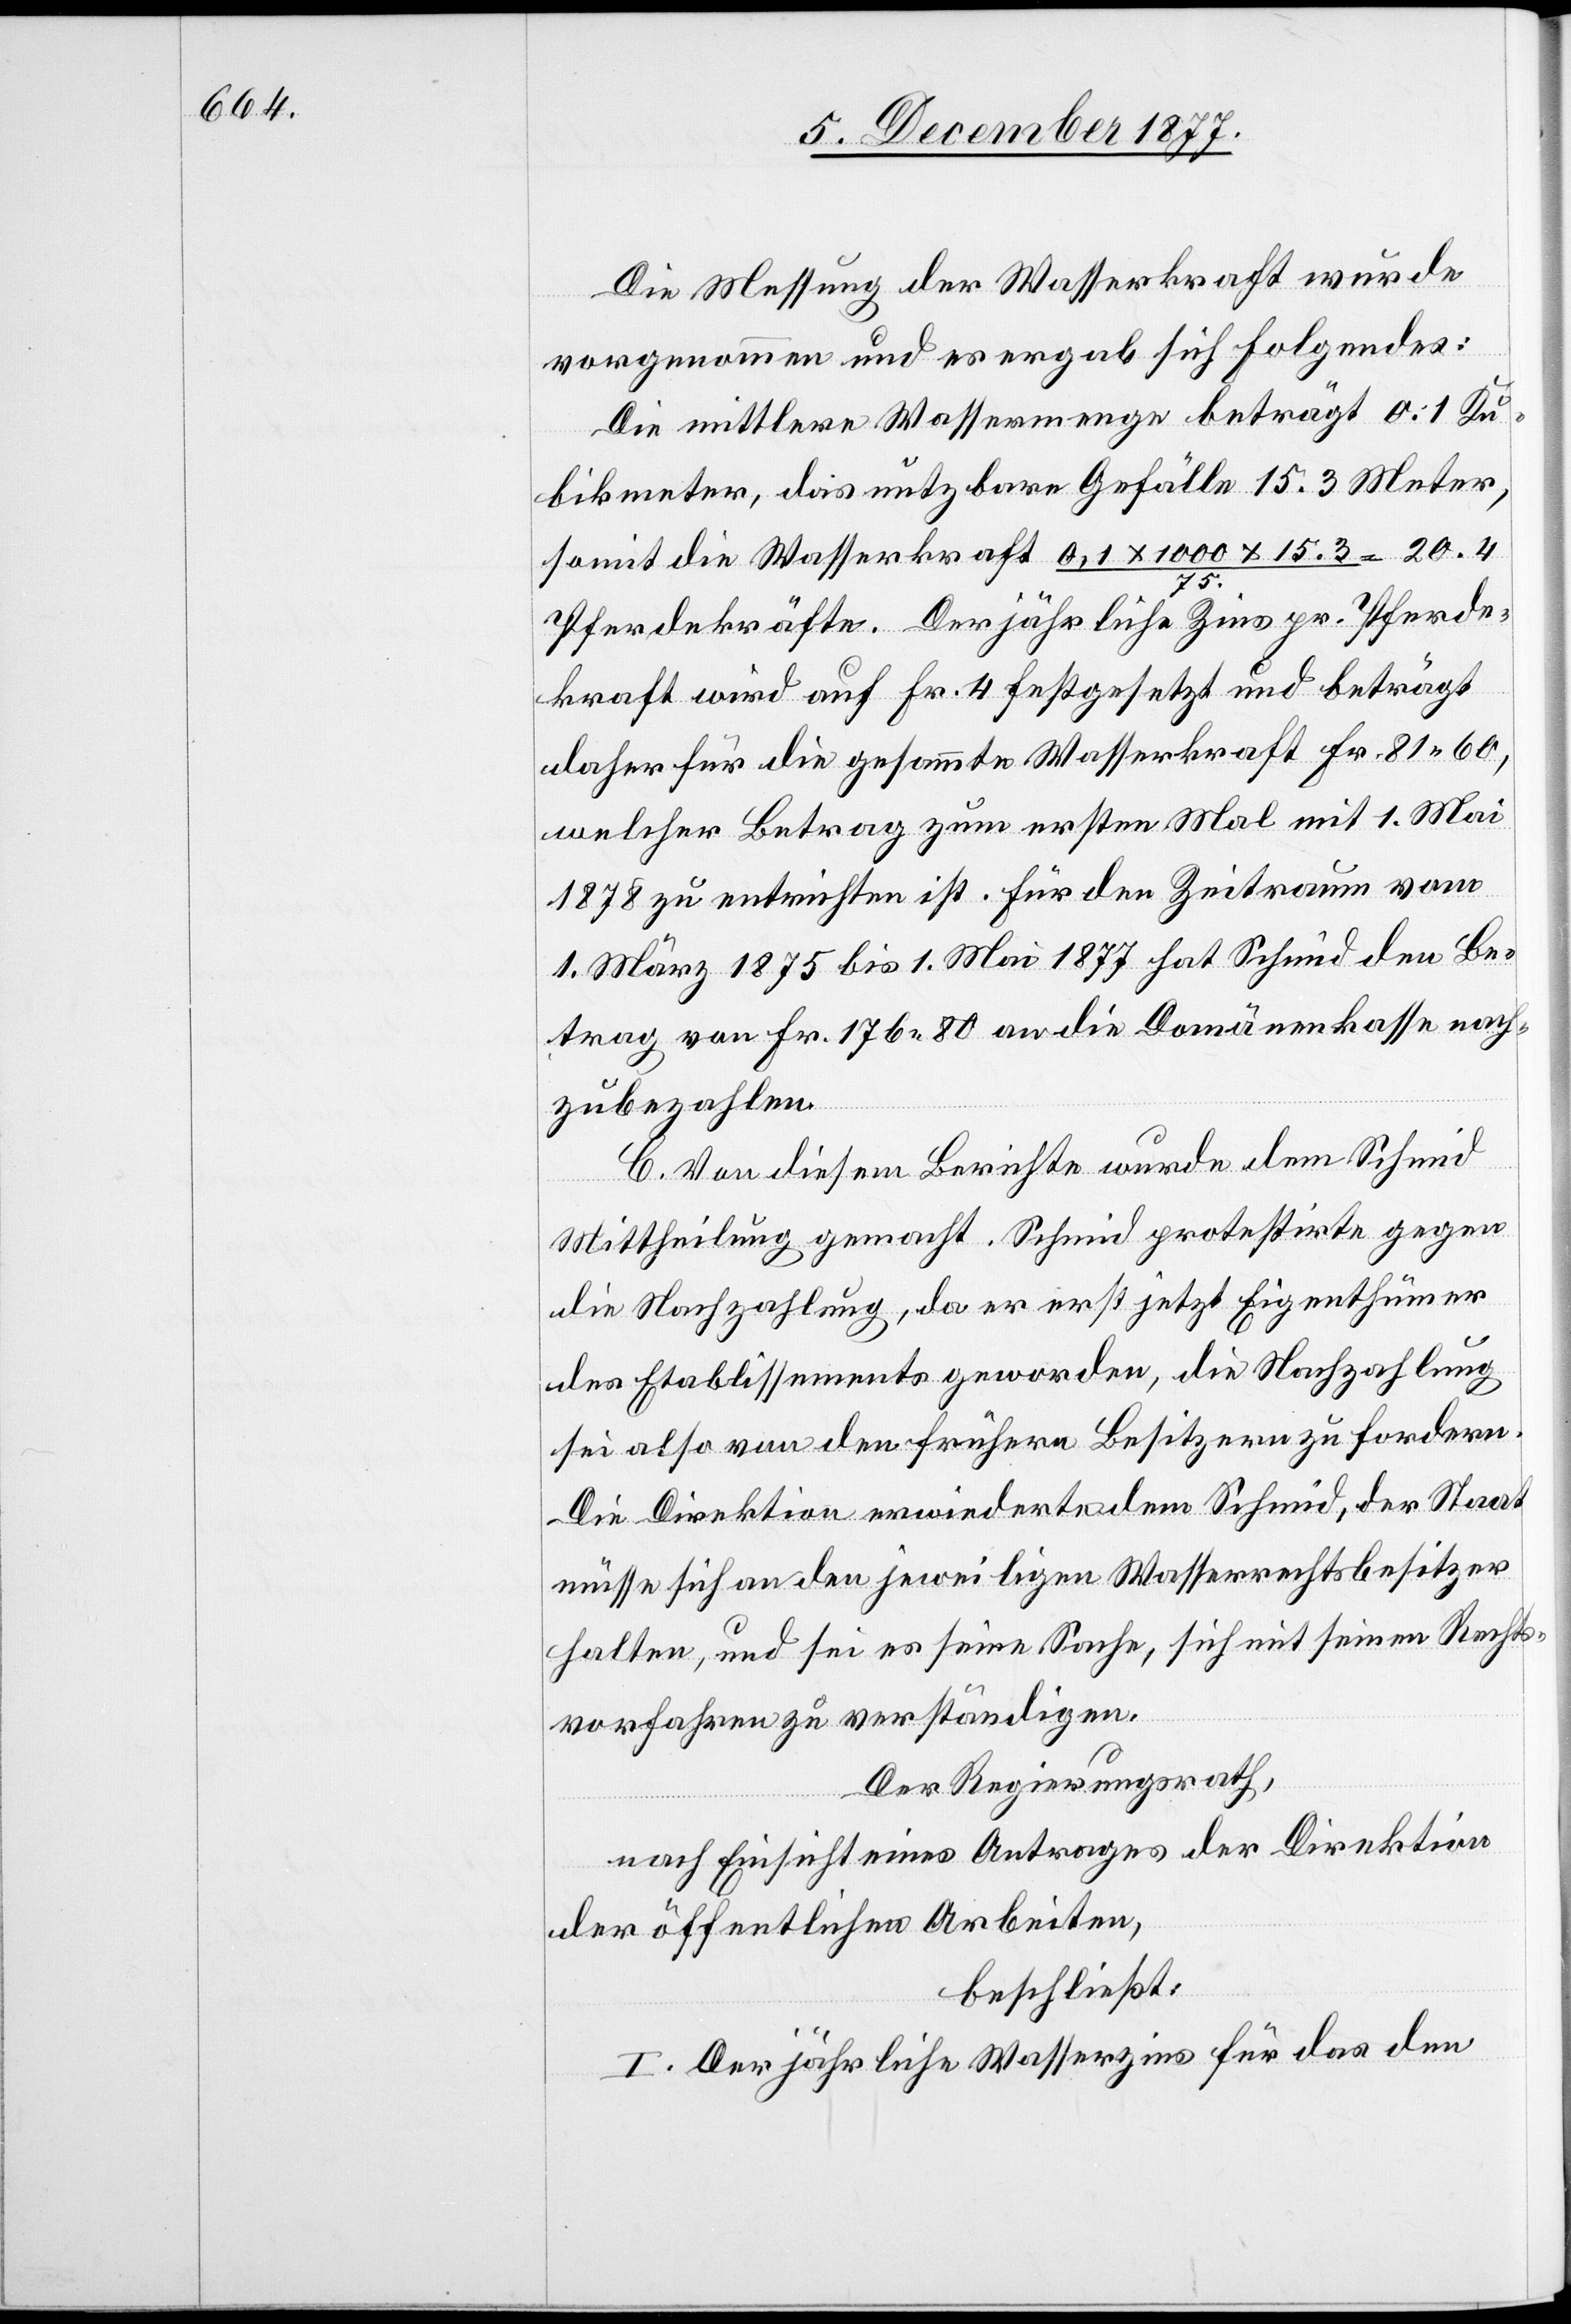
Die Messung der Wasserkraft wurde
vorgenommen und es ergab sich Folgendes:
Die mittlere Wassermenge beträgt 0.1 Ku¬
bikmeter, das nutzbare Gefälle 15.3 Meter,
somit die Wasserkraft 0,1 x 1000 x 15.3 / 75. = 20.4
Pferdekräfte. Der jährliche Zins pr. Pferde¬
kraft wird auf Fr. 4 festgesetzt und beträgt
daher für die gesammte Wasserkraft Fr. 81 60,
welcher Betrag zum ersten Mal mit 1. Mai
1878 zu entrichten ist. Für den Zeitraum vom
1. März 1875 bis 1. Mai 1877 hat Schmid den Be¬
trag von Fr. 176 80 an die Domänenkasse nach¬
zubezahlen.
C. Von diesem Berichte wurde dem Schmid
Mittheilung gemacht. Schmid protestirte gegen
die Nachzahlung, da er erst jetzt Eigenthümer
des Etablissements geworden, die Nachzahlung
sei also von den frühern Besitzern zu fordern.
Die Direktion erwiederte dem Schmid, der Staat
müsse sich an den jeweiligen Wasserrechtsbesitzer
halten, und sei es seine Sache, sich mit seinen Rechts¬
vorfahren zu verständigen.
Der Regierungsrath,
nach Einsicht eines Antrages der Direktion
der öffentlichen Arbeiten,
beschließt:
I. Der jährliche Wasserzins für das den